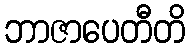
ဘာဇာပေတီတိ